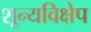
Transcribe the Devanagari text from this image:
शून्यविक्षेप